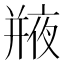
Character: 𢆣